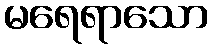
မရေရာသော